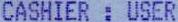
CASHIER : USER